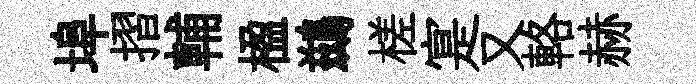
埠摺輔楹鷀槎寔又輅赫